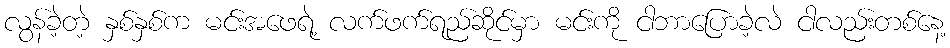
လွန်ခဲ့တဲ့ နှစ်နှစ်က မင်းအဖေရဲ့ လက်ဖက်ရည်ဆိုင်မှာ မင်းကို ငါဘာပြောခဲ့လဲ ငါလည်းတစ်နေ့